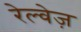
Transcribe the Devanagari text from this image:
रेल्वेज़